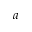
a